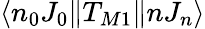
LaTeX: \langle n_{0}J_{0}\| T_{M1}\| nJ_{n}\rangle